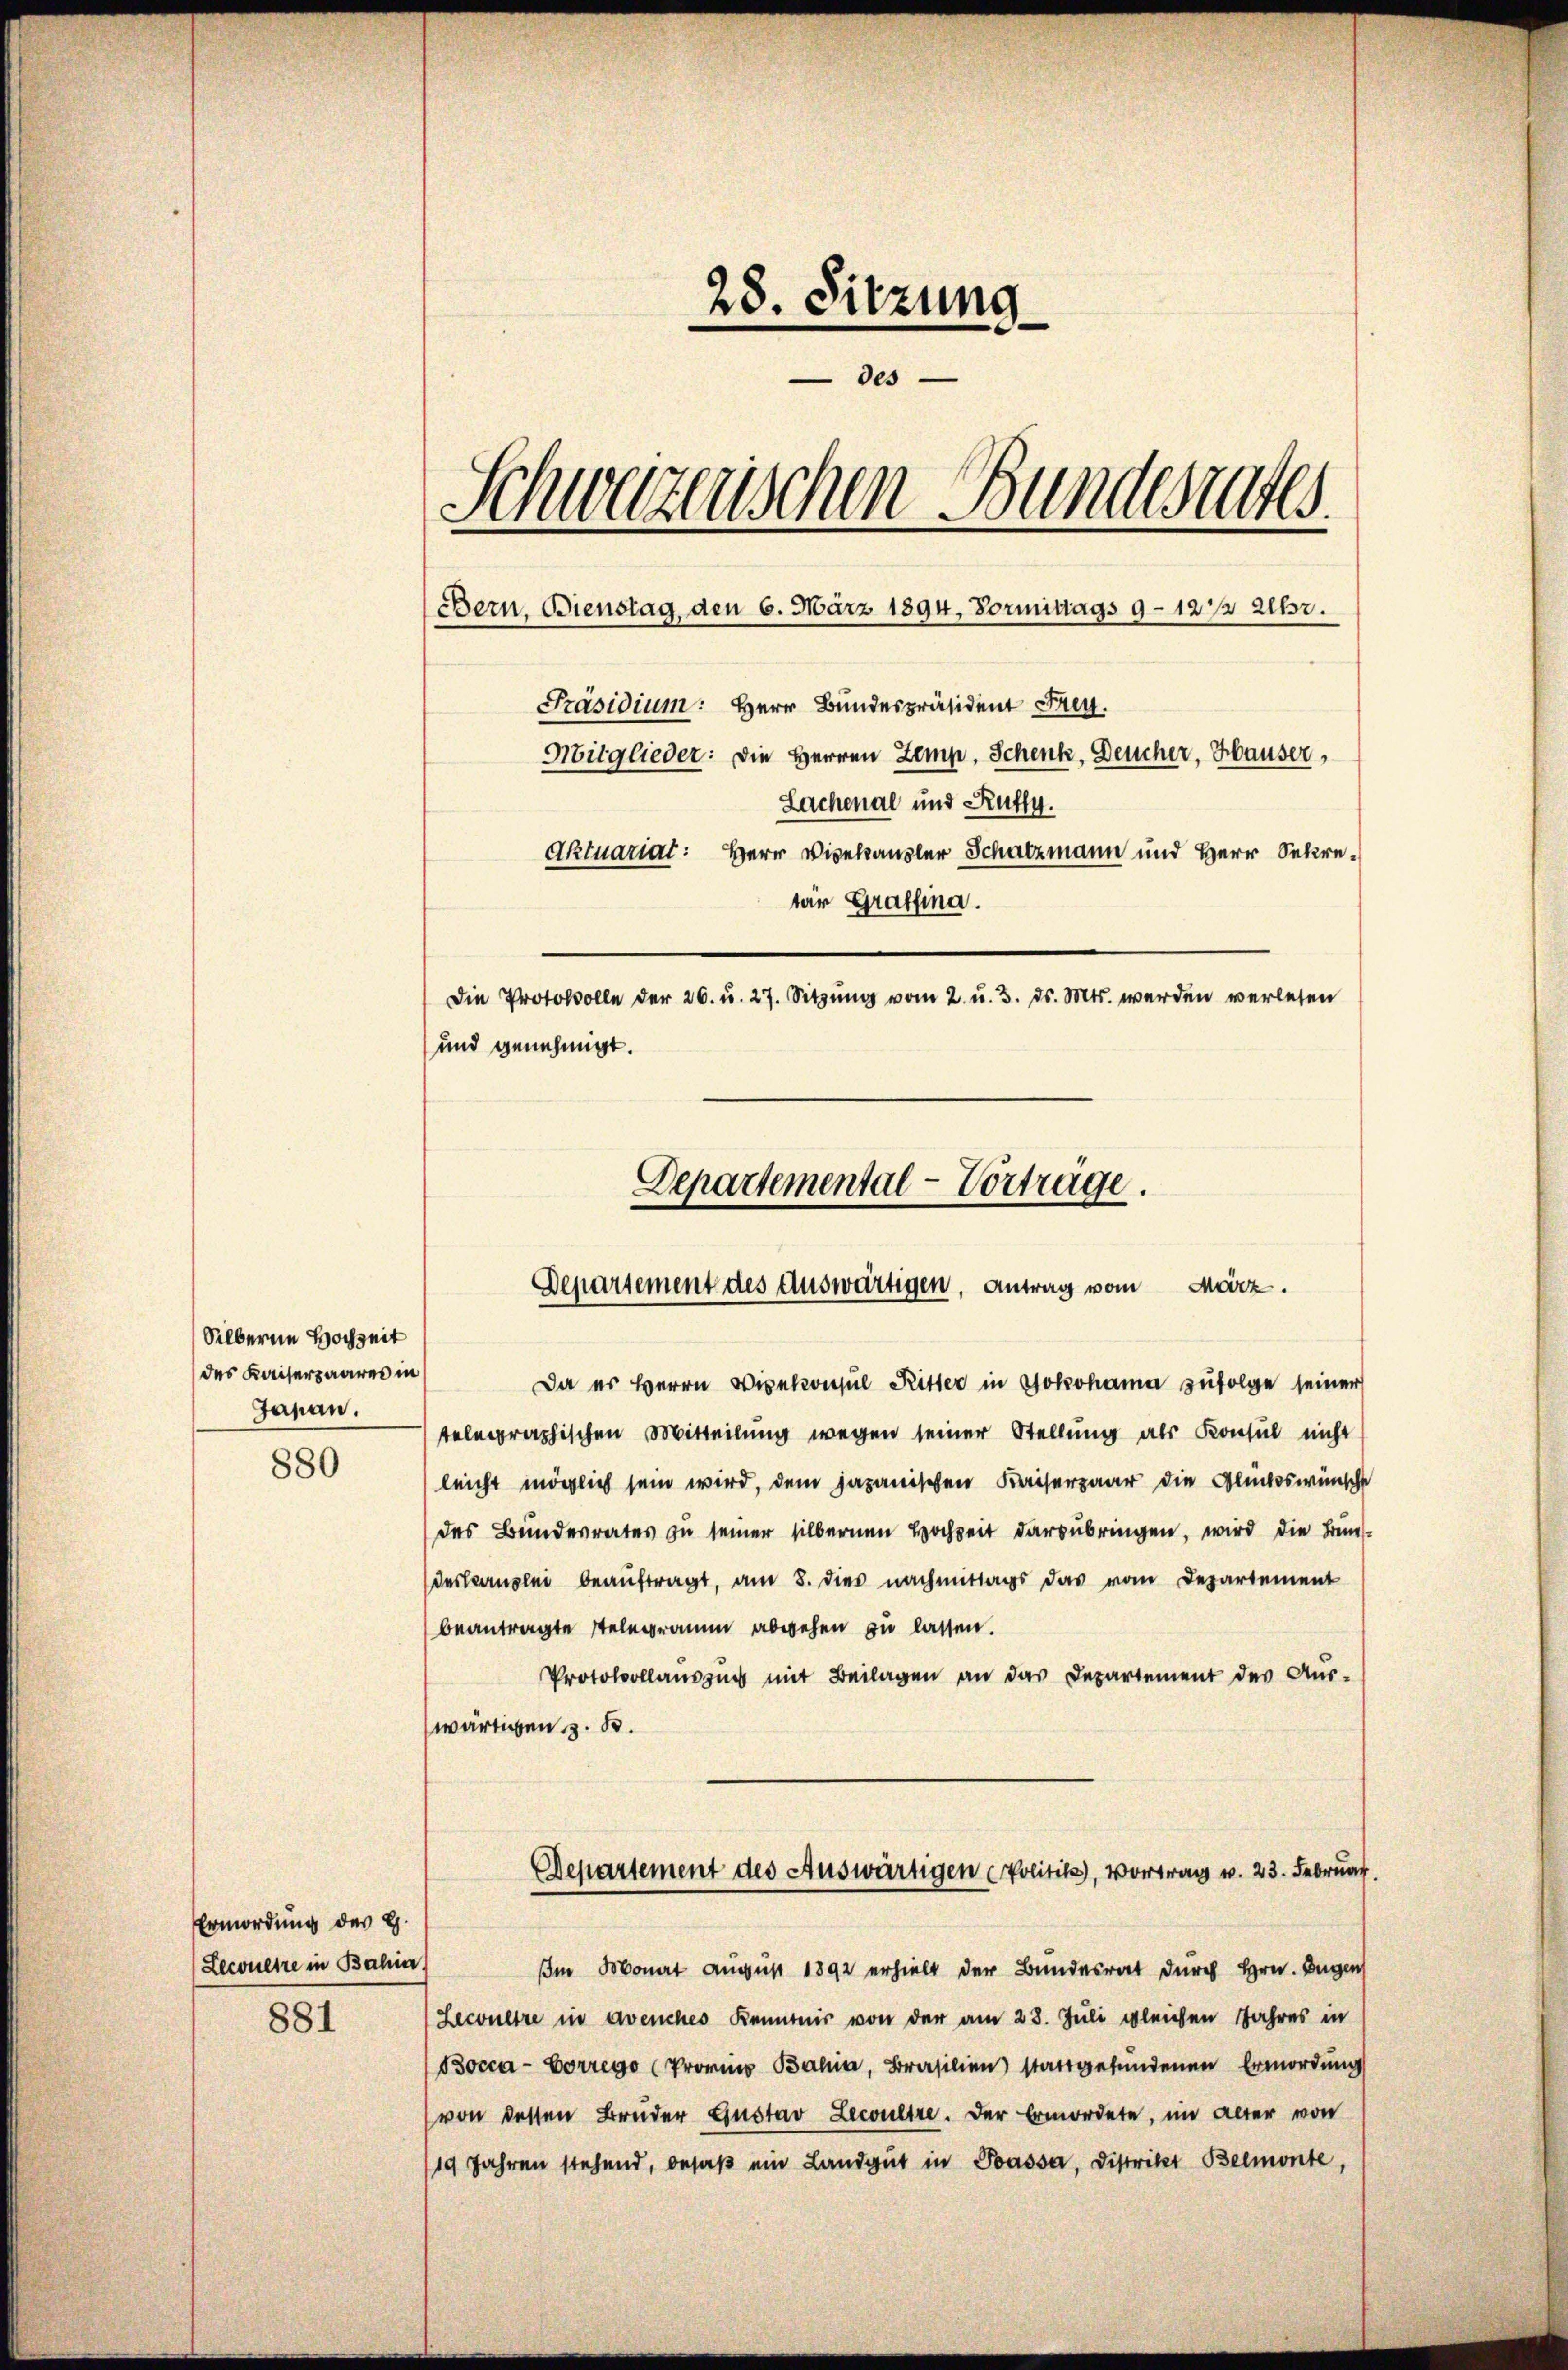
Silberne Hochzeit
des Kaiserpaares in
Japan.
880

Ermordung des H.
Lecoulte in Bahia

881

28. Sitzung
des
1
1
chweizerischen Bundesrates
Bern, Bienstag, den 6. März 1894, Vormittags 9–12 1/2 Uhr.
Präsidium. Herr Bundespräsident Frey.
Mitglieder: die Herren Zemp, Schenk, Deucher, Hauser,
Sachenal und Rutty.
Aktuariat: Herr Vizekansler Schatzmann und Herr Sekretär Graffina.
Die Protokolle der 26. u. 27. Sitzung vom 2. u. 3. ds. Mts. werden verlesen
und genehmigt.

Departemental-Vortrage.
Departement des Auswärtigen, Antrag vom März.

Da er Herrn Vicekonsul Ritter in Yokohama zufolge seiner
telegraphischen Mitteilung wegen seiner Stellung als Konsul nicht
leicht möglich sein wird, dem japanischen Kaiserpaar die Glückes wünschte
des Bundesrates zu seiner silbernen Hochzeit darzubringen, wird die Bundeskanzlei beaŭftragt, am 8. dies nachmittags das vom Departement
beantragte stelegramm abwesen zu lassen.
Protokollauszug mit Beilagen an das Departement der Aus-
wärtigen z. B.
Departement des Auswärtigen Politik, Vortrag v. 23. Februar.
Im Monat August 1892 erhielt der Bundesrat durch Hrn. Augen
(Lecultre in Avenches Kenntnis von der am 28. Juli gleichen Jahres in
Bocca-Vorrego (Provins Bahia, Brasilien) stattgefundenen Ermordung
von dessen Bruder Gustav Leculire. Der Ermordete, im alter von
19 Jahren stehend, besaβ ein Landgut in Passa, Distrikt Belmonte,